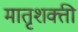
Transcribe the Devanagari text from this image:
मातृशक्ती